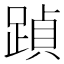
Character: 𮛶